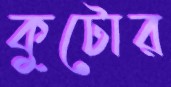
কুটোর